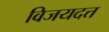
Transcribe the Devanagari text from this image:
विजयदत्त